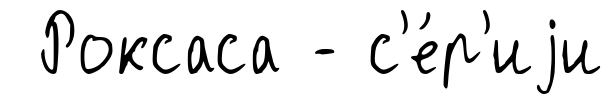
Роксаса - с'е́р'иjи